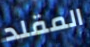
المقلد